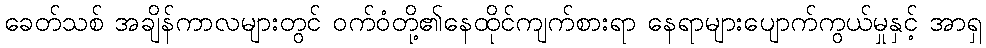
ခေတ်သစ် အချိန်ကာလများတွင် ဝက်ဝံတို့၏နေထိုင်ကျက်စားရာ နေရာများပျောက်ကွယ်မှုနှင့် အာရှ